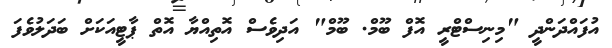
އުފައްދަންދީ "މިނިސްޓްރީ އޮފް ބޫމް. ބޫމް" އަދިވެސް އޮތިއްޔާ އޮތް ޕާޓީއަކަށް ބަދަލުވެފަ